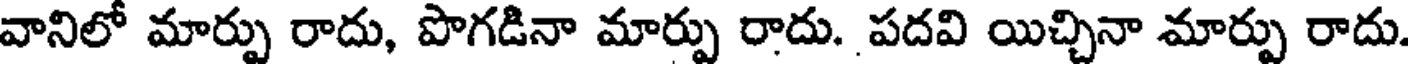
వానిలో మార్పు రాదు, పొగడినా మార్పు రాదు. పదవి యిచ్చినా మార్పు రాదు.